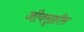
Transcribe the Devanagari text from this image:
जीवसृष्टीस